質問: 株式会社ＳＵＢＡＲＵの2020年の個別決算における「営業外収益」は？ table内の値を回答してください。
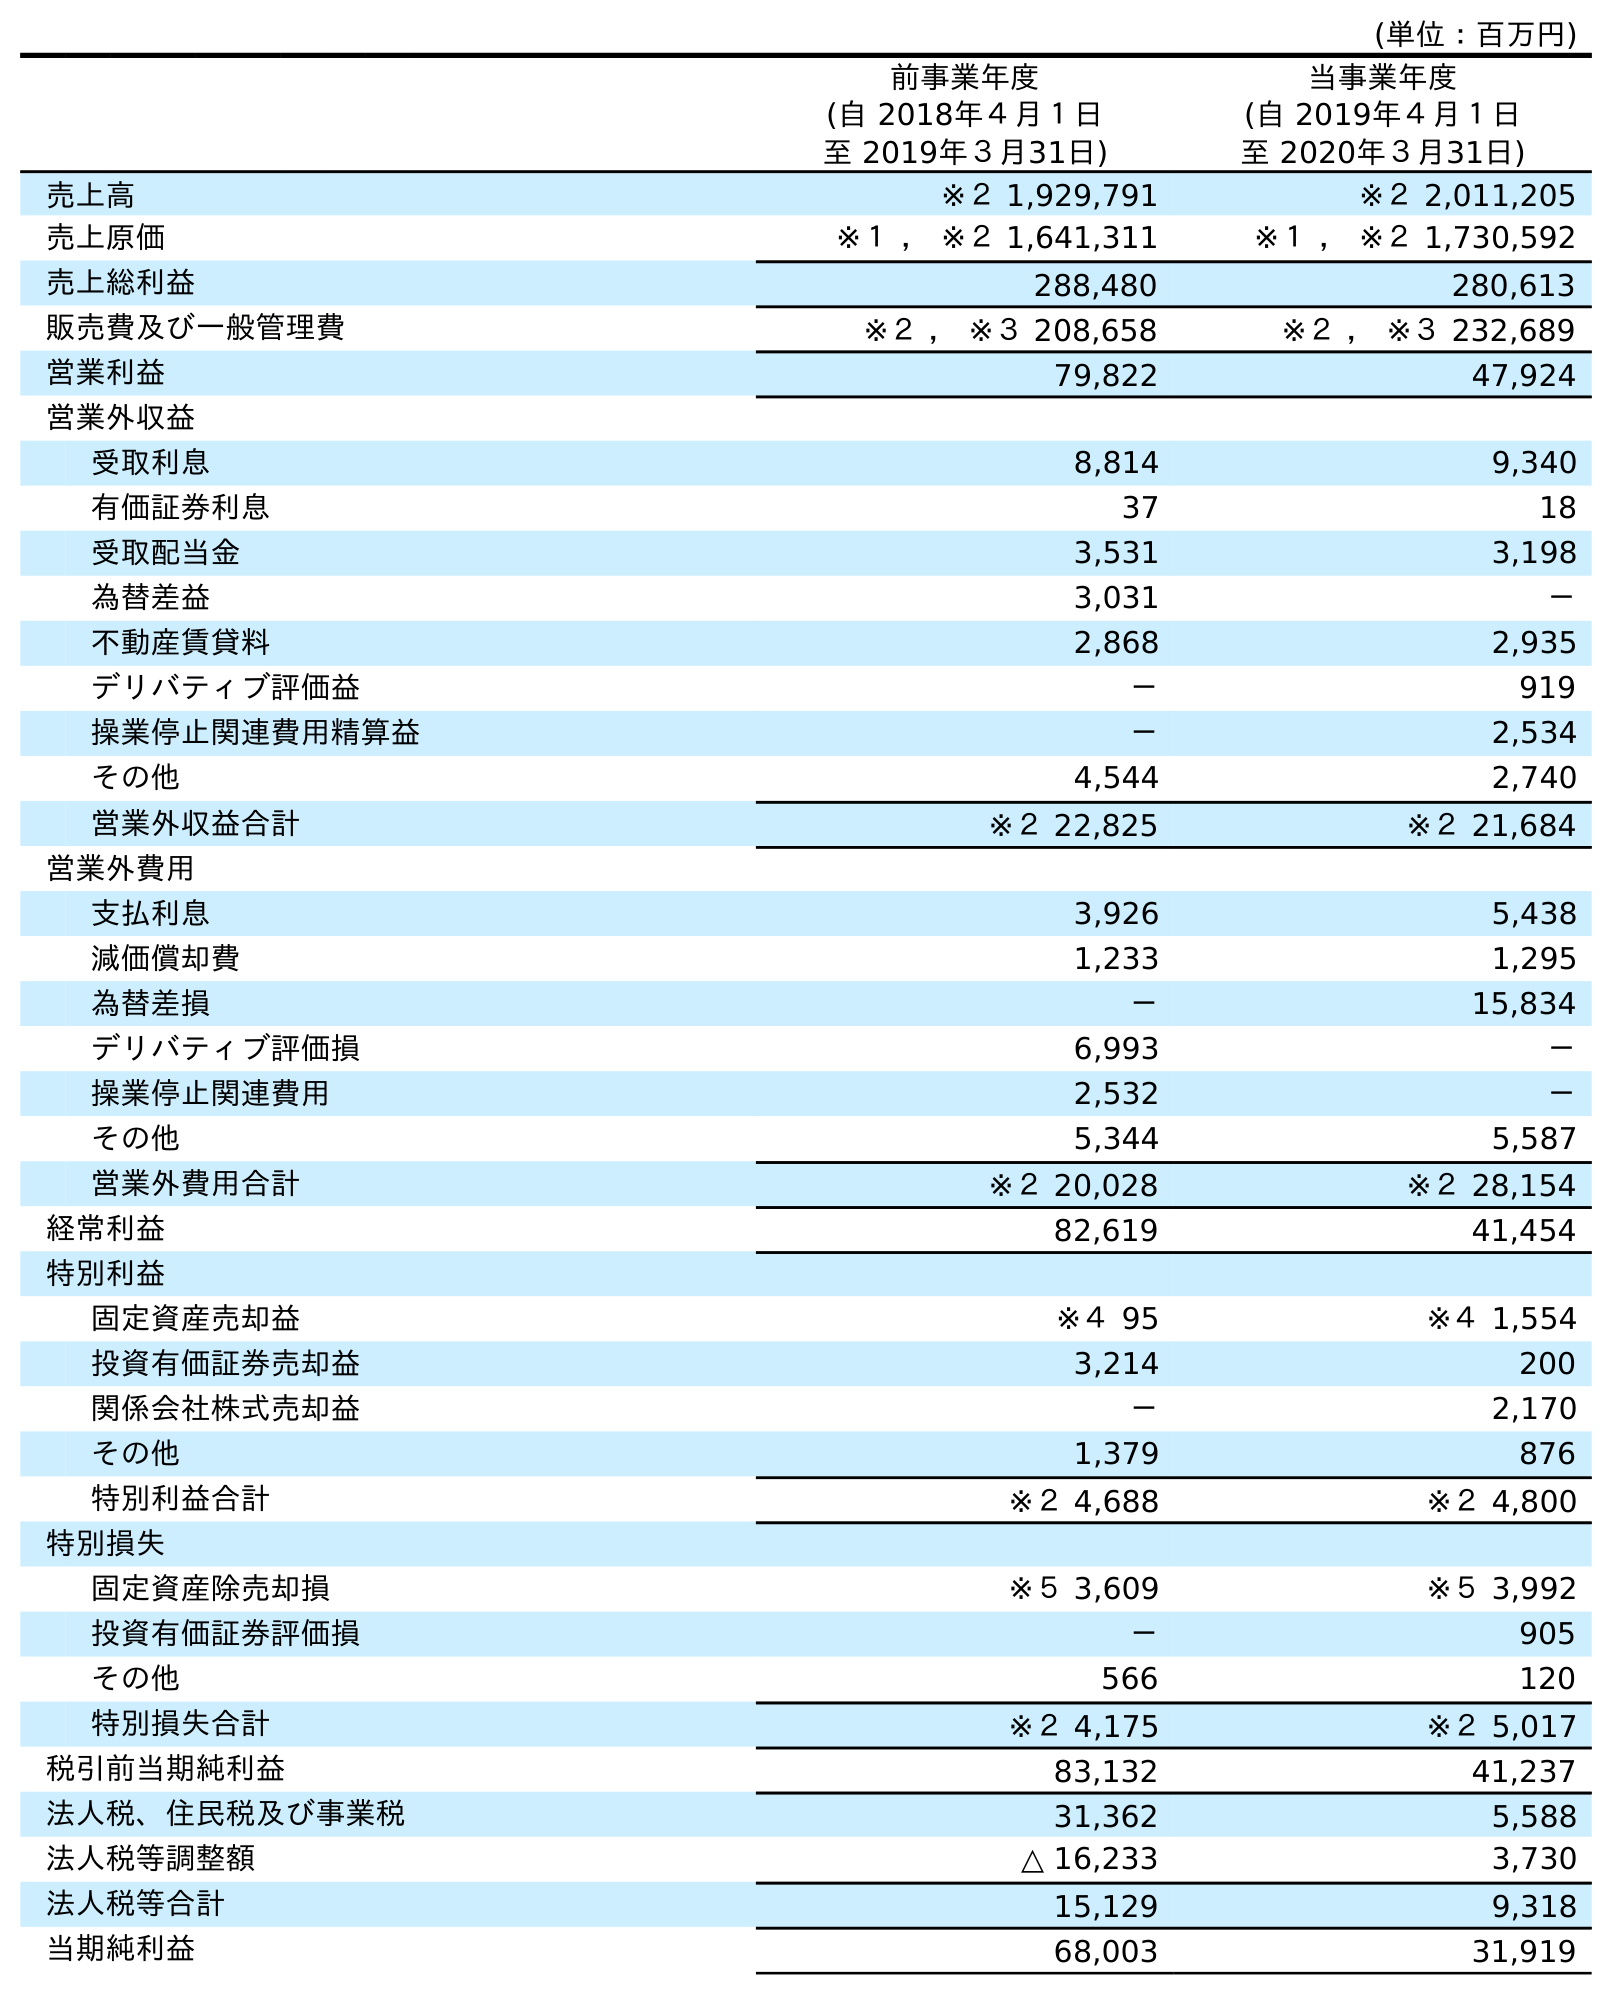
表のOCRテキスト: (単位：百万円) 前事業年度 (自 2018年４月１日 至 2019年３月31日) 当事業年度 (自 2019年４月１日 至 2020年３月31日) 売上高 ※２ 1,929,791 ※２ 2,011,205 売上原価 ※１ ， ※２ 1,641,311 ※１ ， ※２ 1,730,592 売上総利益 288,480 280,613 販売費及び一般管理費 ※２ ， ※３ 208,658 ※２ ， ※３ 232,689 営業利益 79,822 47,924 営業外収益 受取利息 8,814 9,340 有価証券利息 37 18 受取配当金 3,531 3,198 為替差益 3,031 － 不動産賃貸料 2,868 2,935 デリバティブ評価益 － 919 操業停止関連費用精算益 － 2,534 その他 4,544 2,740 営業外収益合計 ※２ 22,825 ※２ 21,684 営業外費用 支払利息 3,926 5,438 減価償却費 1,233 1,295 為替差損 － 15,834 デリバティブ評価損 6,993 － 操業停止関連費用 2,532 － その他 5,344 5,587 営業外費用合計 ※２ 20,028 ※２ 28,154 経常利益 82,619 41,454 特別利益 固定資産売却益 ※４ 95 ※４ 1,554 投資有価証券売却益 3,214 200 関係会社株式売却益 － 2,170 その他 1,379 876 特別利益合計 ※２ 4,688 ※２ 4,800 特別損失 固定資産除売却損 ※５ 3,609 ※５ 3,992 投資有価証券評価損 － 905 その他 566 120 特別損失合計 ※２ 4,175 ※２ 5,017 税引前当期純利益 83,132 41,237 法人税、住民税及び事業税 31,362 5,588 法人税等調整額 △ 16,233 3,730 法人税等合計 15,129 9,318 当期純利益 68,003 31,919
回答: ※２21,684